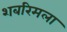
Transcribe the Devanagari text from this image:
शबरिमला